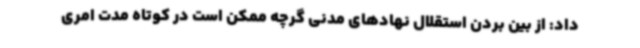
داد: از بین بردن استقلال نهادهای مدنی گرچه ممکن است در کوتاه مدت امری